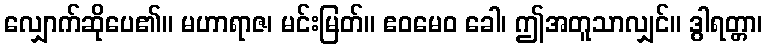
လျှောက်ဆိုပေ၏။ မဟာရာဇ၊ မင်းမြတ်။ ဧဝမေဝ ခေါ၊ ဤအတူသာလျှင်။ ဒွါရတ္တာ၊